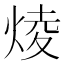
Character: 𤊥